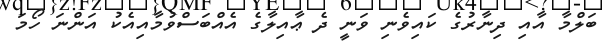
ބަލްމާ އާއި ދިނާރުގެ ކައިވެނި ވަނީ ދެ ޢާއިލާގެ އެއްބަސްވުމާއިއެކު އަންނަ ހޯމަ